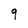
Character: q